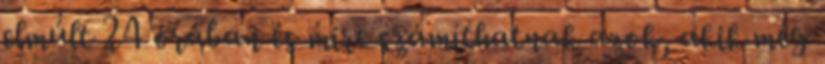
elmúlt 24 órában és mire számíthatnak azok, akik még